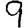
Digit: 9